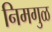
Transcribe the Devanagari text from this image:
निमगुळ